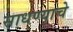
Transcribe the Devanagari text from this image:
साधण्‍याचे